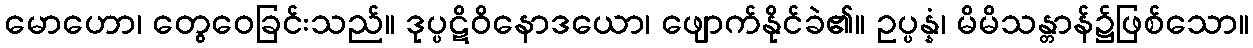
မောဟော၊ တွေဝေခြင်းသည်။ ဒုပ္ပဋိဝိနောဒယော၊ ဖျောက်နိုင်ခဲ၏။ ဥပ္ပန္နံ၊ မိမိသန္တာန်၌ဖြစ်သော။